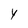
Character: y